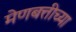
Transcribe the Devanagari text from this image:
मेणबत्तीच्या